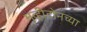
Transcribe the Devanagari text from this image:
मुव्हीटोनच्या